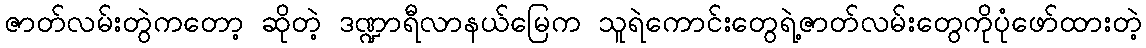
ဇာတ်လမ်းတွဲကတော့ ဆိုတဲ့ ဒဏ္ဍာရီလာနယ်မြေက သူရဲကောင်းတွေရဲ့ဇာတ်လမ်းတွေကိုပုံဖော်ထားတဲ့